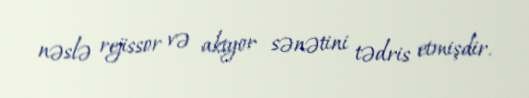
nəslə rejissor və aktyor sənətini tədris etmişdir.